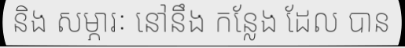
និង សម្ភារៈ នៅនឹង កន្លែង ដែល បាន